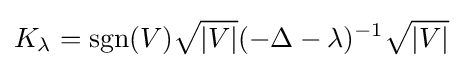
K_{\lambda }=\operatorname {sgn} (V){\sqrt {|V|}}(-\Delta -\lambda )^{-1}{\sqrt {|V|}}